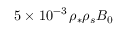
5 \times 1 0 ^ { - 3 } \, \rho _ { * } \rho _ { s } B _ { 0 }